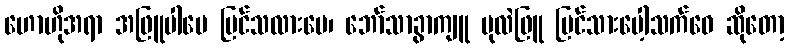
ဟောဟိုအရာ အဖြူပါပေ မြင်သလားမေ၊ ဘော်သာခွာကျူ ပုလဲဖြူ မြင်သားပေါ့သက်ဝေ ဆိုတော့